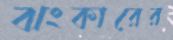
ঝংকারের